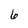
Character: 6